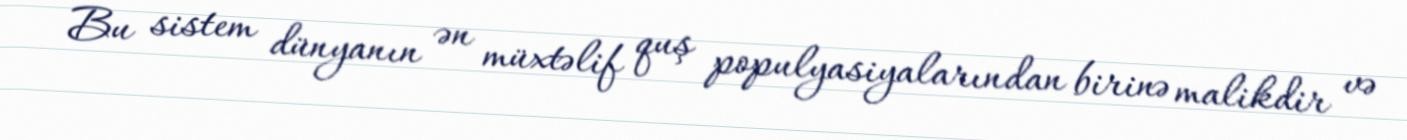
Bu sistem dünyanın ən müxtəlif quş populyasiyalarından birinə malikdir və